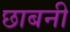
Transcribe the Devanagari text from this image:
छाबनी